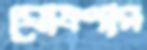
ঘোষণার